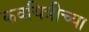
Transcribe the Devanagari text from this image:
कवयित्रीच्या